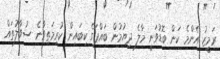
ރަމީޒު އެންމެ ކަން ބޮޑުވަނީ މާލެ ދިޔުމުން ބައްޕަގެ ކިބައިން ކުރިމަތިވާނެ ސުވާލުތައް